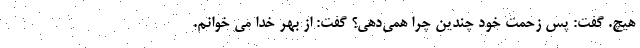
هيچ. گفت: پس زحمت خود چندين چرا همي‌دهي؟ گفت: از بهر خدا مي خوانم.